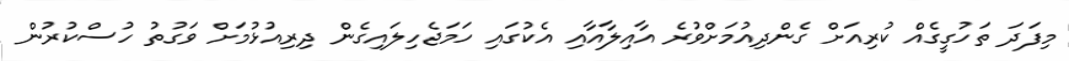
މިފަދަ ތަހުގީގެއް ކުރިއަށް ގެންދިއުމަށްވުރެ އާއިލާއާއި އެކުގައި ހަމަޖެހިލައިގެން ދިރިއުޅުމަށް ވަގުތު ހުސްކުރުން